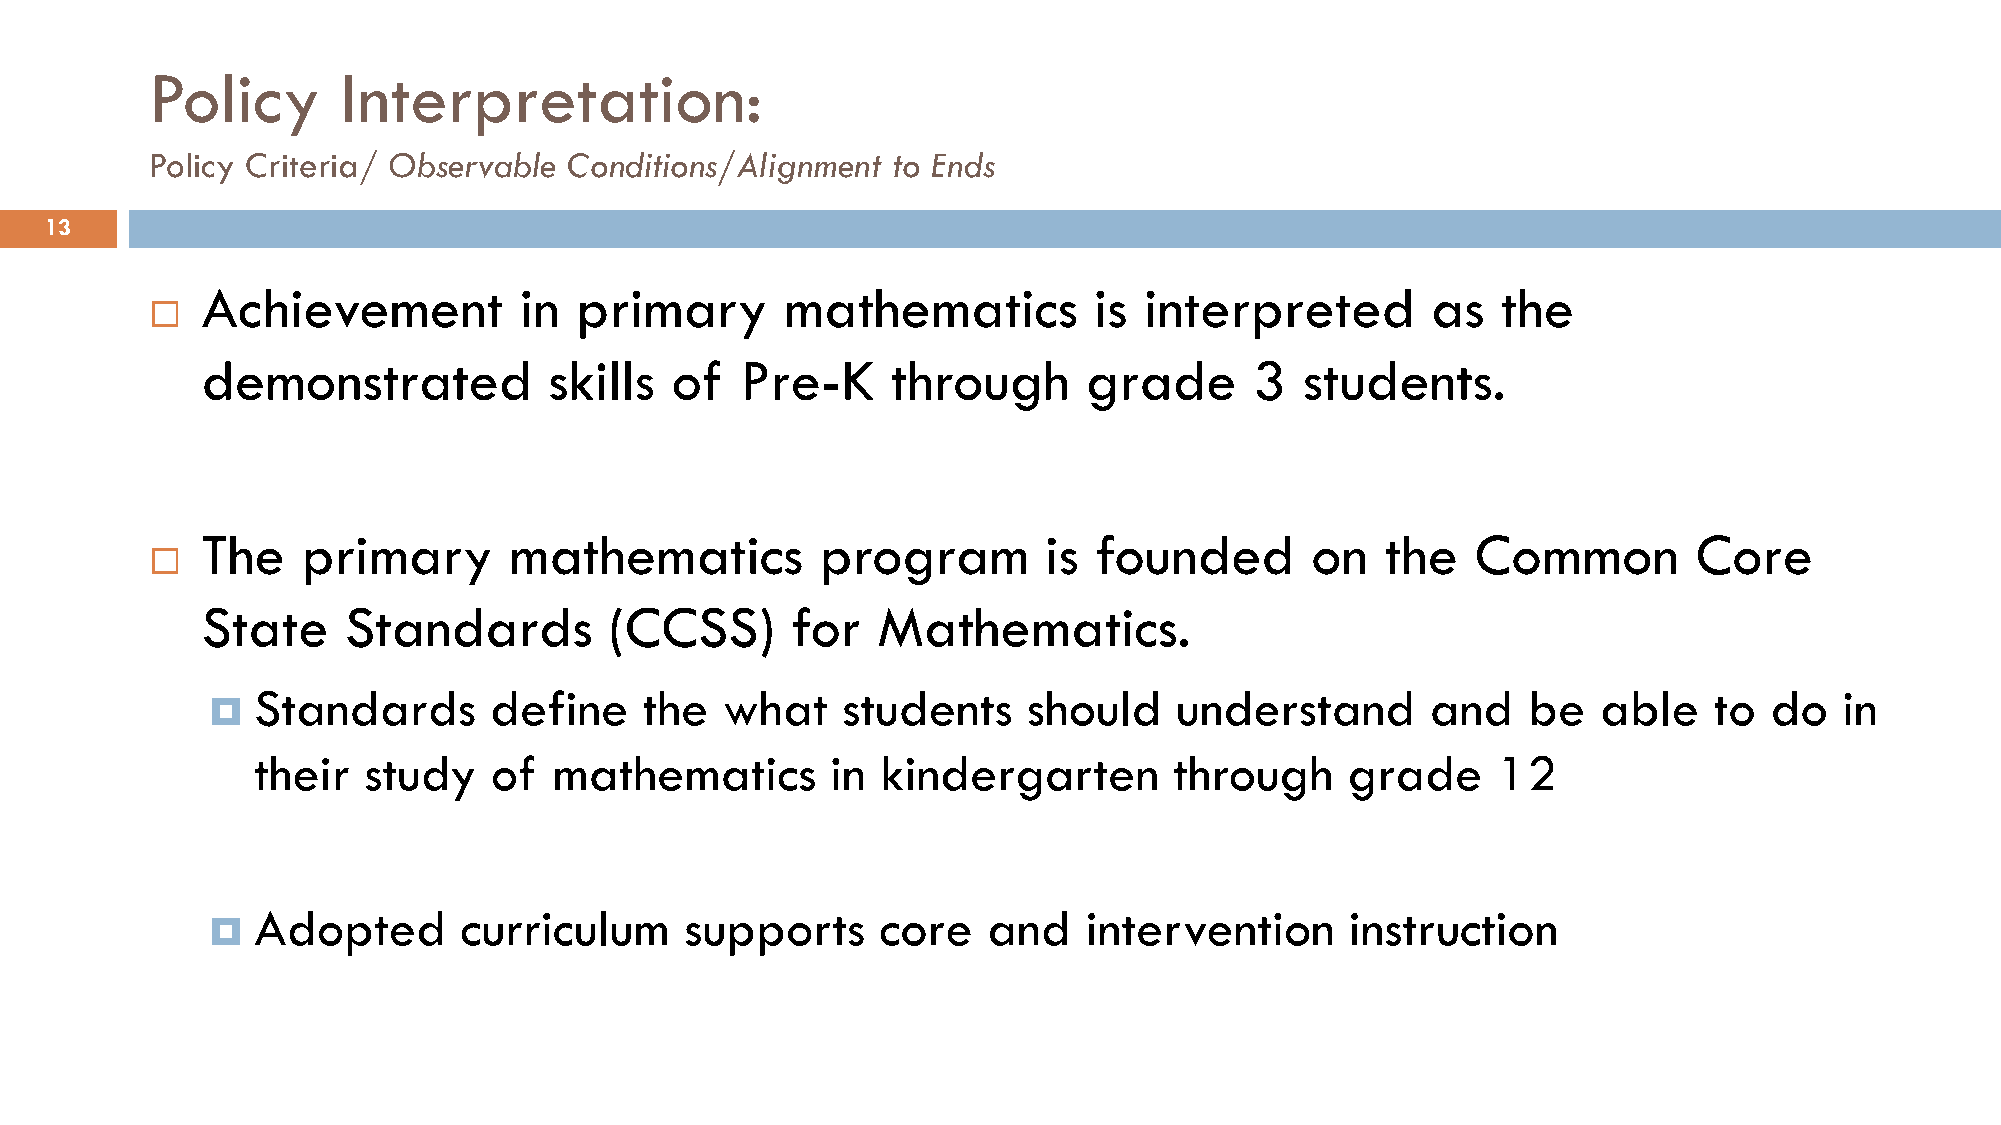
Policy       Interpretation:
 Policy Criteria/ Observable Conditions/Alignment to Ends
 13
 Achievement          in  primary       mathematics         is  interpreted        as  the
 
 demonstrated           skills  of   Pre-K     through      grade      3  students.
 The    primary       mathematics         program        is founded        on   the   Common        Core
 
 State     Standards        (CCSS)      for   Mathematics.
 Standards      define     the  what    students    should    understand       and   be   able   to  do   in
 
 their  study   of   mathematics       in kindergarten        through    grade     12
 Adopted      curriculum     supports     core   and    intervention     instruction
 